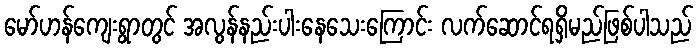
မော်ဟန်ကျေးရွာတွင် အလွန်နည်းပါးနေသေးကြောင်း လက်ဆောင်ရရှိမည်ဖြစ်ပါသည်